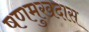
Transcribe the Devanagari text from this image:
षणमुखदास